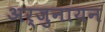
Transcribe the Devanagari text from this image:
अर्जुनायन